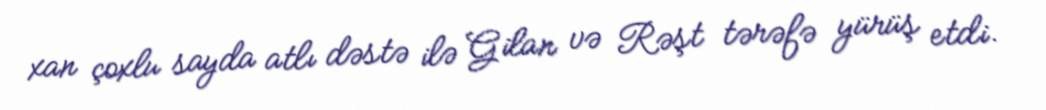
xan çoxlu sayda atlı dəstə ilə Gilan və Rəşt tərəfə yürüş etdi.